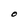
Character: O